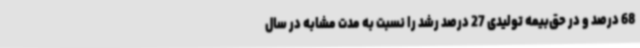
68 درصد و در حق‌بیمه تولیدی 27 درصد رشد را نسبت به مدت مشابه در سال